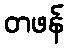
တဖန်